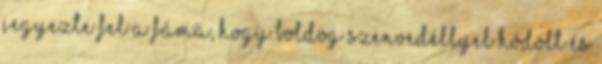
jegyezte fel a fáma, hogy boldog szenvedéllyel hódolt és